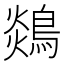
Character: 𪂈